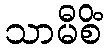
သာမီစိံ